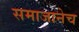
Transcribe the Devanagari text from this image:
समाजानेच